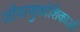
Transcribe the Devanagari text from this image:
जीवाणुकोशिकाओं